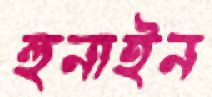
হুনাইন